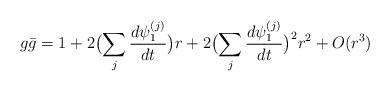
LaTeX: \begin{align*}g\bar g = 1 + 2\bigl ( \sum_j \frac{d\psi_1^{(j)}}{dt}\bigr) r + 2\bigl (\sum_j \frac{d\psi_1^{(j)}}{dt}\bigr)^2 r^2 + O(r^3)\end{align*}